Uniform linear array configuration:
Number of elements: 48
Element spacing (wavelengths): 0.25
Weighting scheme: binomial
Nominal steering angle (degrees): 0
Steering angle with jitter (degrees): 1.53
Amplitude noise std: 0.05
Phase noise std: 0.05

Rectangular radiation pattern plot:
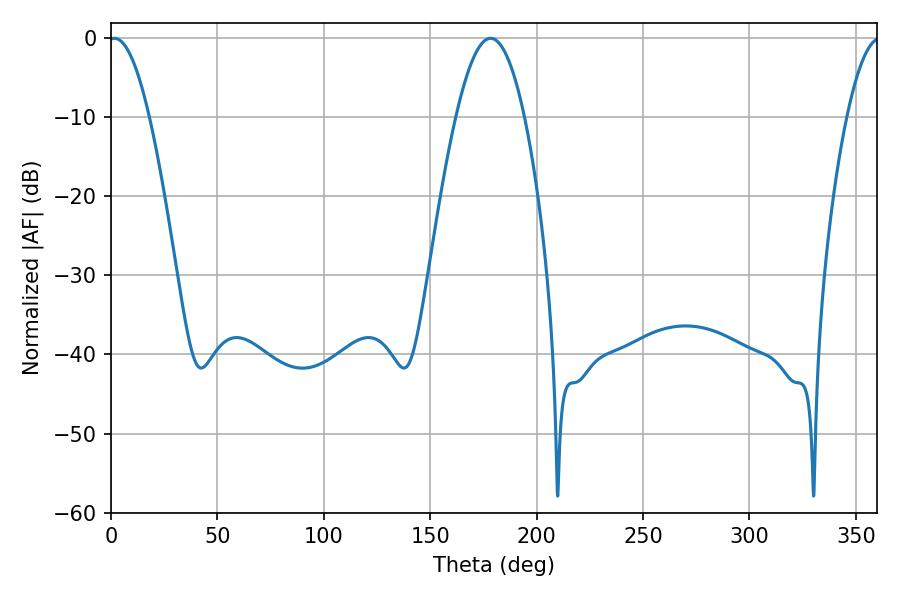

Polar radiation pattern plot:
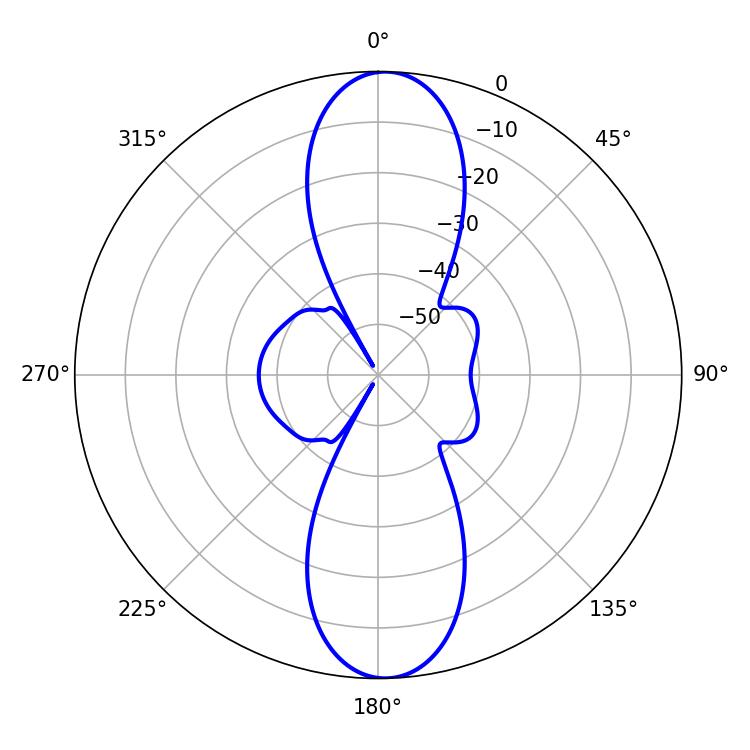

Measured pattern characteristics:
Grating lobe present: FALSE
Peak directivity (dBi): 19.899
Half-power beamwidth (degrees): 10.44
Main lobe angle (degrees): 1.62